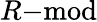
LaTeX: R{\mathrm{-mod}}